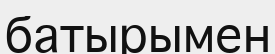
батырымен